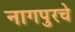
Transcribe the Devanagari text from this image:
नागपुरचे